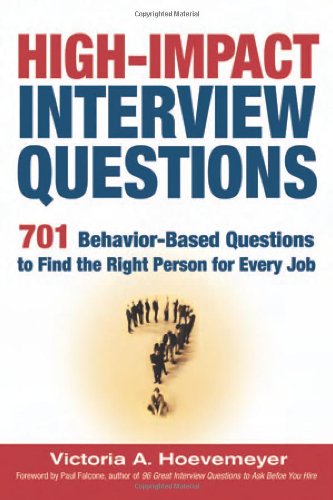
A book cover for High-Impact Interview Questions: 701 Behavior-Based Questions to Find the Right Person for Every Job; Victoria A. Hoevemeyer; Business & Money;